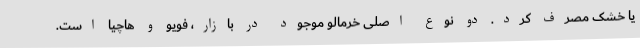
یا خشک مصرف کرد. دو نوع اصلی خرمالو موجود در بازار، فویو و هاچیا است.